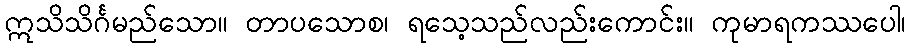
ဣသိသိင်္ဂမည်သော။ တာပသောစ၊ ရသေ့သည်လည်းကောင်း။ ကုမာရကဿပေါ၊